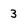
Character: 3